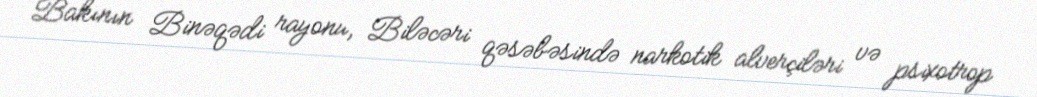
Bakının Binəqədi rayonu, Biləcəri qəsəbəsində narkotik alverçiləri və psixotrop